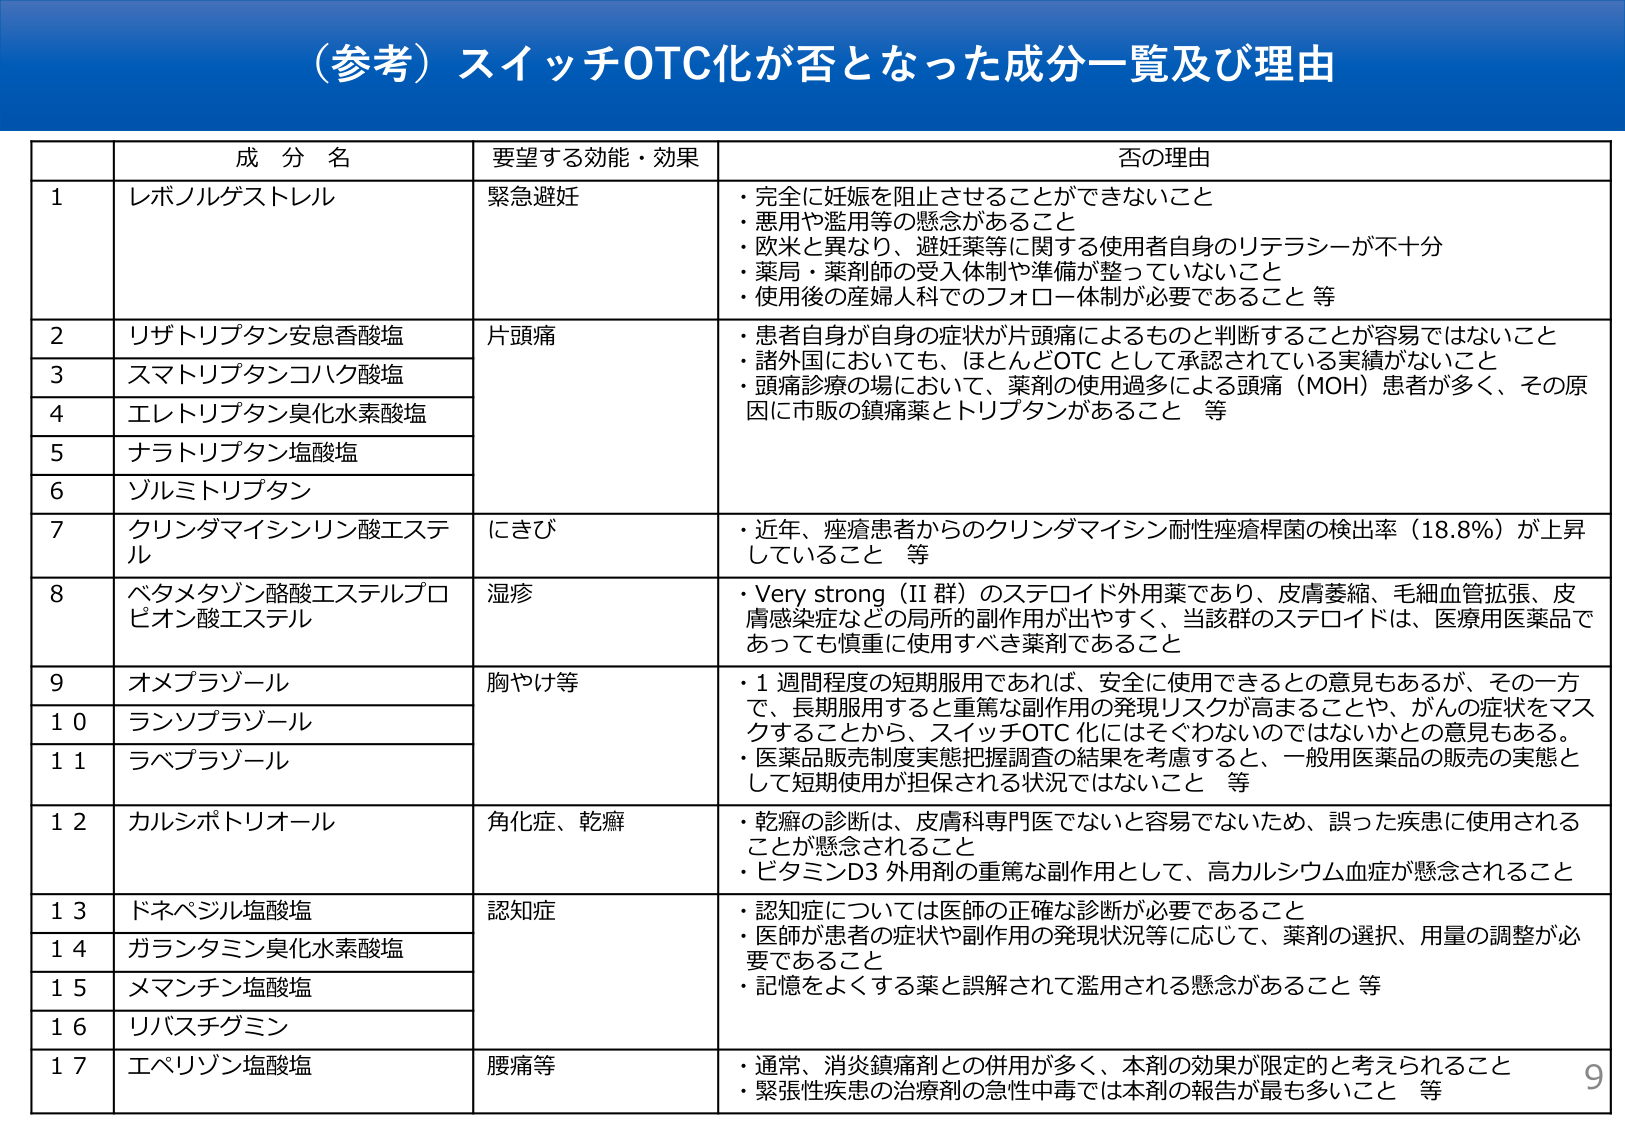
（参考）スイッチOTC化が否となった成分一覧及び理由

成 分 名　　　　　　　　　　　　　要望する効能・効果　　　　　　　　　　　　　否の理由

1　レボノルゲストレル　　　　　　緊急避妊　　　　　　　　　　　　　　　・完全に妊娠を阻止させることができないこと
　　　　　　　　　　　　　　　　　　　　　　　　　　　　　　　　　　　　・悪用や濫用等の懸念があること
　　　　　　　　　　　　　　　　　　　　　　　　　　　　　　　　　　　　・欧米と異なり、避妊薬等に関する使用者自身のリテラシーが不十分
　　　　　　　　　　　　　　　　　　　　　　　　　　　　　　　　　　　　・薬局・薬剤師の受入体制や準備が整っていないこと
　　　　　　　　　　　　　　　　　　　　　　　　　　　　　　　　　　　　・使用後の産婦人科でのフォロー体制が必要であること 等

2　リザトリプタン安息香酸塩　　　片頭痛　　　　　　　　　　　　　　　　・患者自身が自身の症状が片頭痛によるものと判断することが容易ではないこと
3　スマトリプタンコハク酸塩　　　　　　　　　　　　　　　　　　　　　　・諸外国においても、ほとんどOTCとして承認されている実績がないこと
4　エレトリプタン臭化水素酸塩　　　　　　　　　　　　　　　　　　　　　・頭痛診療の場において、薬剤の使用過多による頭痛（MOH）患者が多く、その原因に市販の鎮痛薬とトリプタンがあること 等
5　ナラトリプタン塩酸塩
6　ゾルミトリプタン

7　クリンダマイシンリン酸エステル　にきび　　　　　　　　　　　　　　・近年、痤瘡患者からのクリンダマイシン耐性痤瘡桿菌の検出率（18.8%）が上昇していること 等

8　ベタメタゾン酪酸エステルプロピオン酸エステル　湿疹　　　　　　　　・Very strong（II 群）のステロイド外用薬であり、皮膚萎縮、毛細血管拡張、皮膚感染症などの局所的副作用が出やすく、当該群のステロイドは、医療用医薬品であっても慎重に使用すべき薬剤であること

9　オメプラゾール　　　　　　　　胸やけ等　　　　　　　　　　　　　　・1 週間程度の短期服用であれば、安全に使用できるとの意見もあるが、その一方で、長期服用すると重篤な副作用の発現リスクが高まることや、がんの症状をマスクすることから、スイッチOTC化にはそぐわないのではないかとの意見もある。
10　ランソプラゾール　　　　　　　　　　　　　　　　　　　　　　　　　　・医薬品販売制度実態把握調査の結果を考慮すると、一般用医薬品の販売の実態として短期使用が担保される状況ではないこと 等
11　ラベプラゾール

12　カルシポトリオール　　　　　　角化症、乾癬　　　　　　　　　　　　・乾癬の診断は、皮膚科専門医でないと容易でないため、誤った疾患に使用されることが懸念されること
　　　　　　　　　　　　　　　　　　　　　　　　　　　　　　　　　　　　・ビタミンD3 外用剤の重篤な副作用として、高カルシウム血症が懸念されること

13　ドネペジル塩酸塩　　　　　　認知症　　　　　　　　　　　　　　　　・認知症については医師の正確な診断が必要であること
14　ガランタミン臭化水素酸塩　　　　　　　　　　　　　　　　　　　　　　・医師が患者の症状や副作用の発現状況等に応じて、薬剤の選択、用量の調整が必要であること
15　メマンチン塩酸塩　　　　　　　　　　　　　　　　　　　　　　　　　　・記憶をよくする薬と誤解されて濫用される懸念があること 等
16　リバスタグミン

17　エペリゾン塩酸塩　　　　　　腰痛等　　　　　　　　　　　　　　　　・通常、消炎鎮痛剤との併用が多く、本剤の効果が限定的と考えられること
　　　　　　　　　　　　　　　　　　　　　　　　　　　　　　　　　　　　・緊張性疾患の治療剤の急性中毒では本剤の報告が最も多いこと 等

9